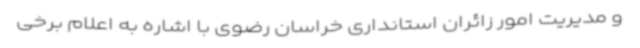
و مدیریت امور زائران استانداری خراسان رضوی با اشاره به اعلام برخی